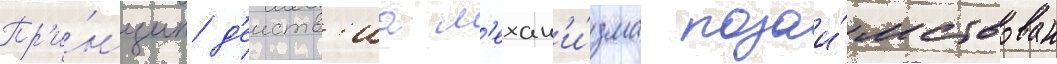
Пр'и́нцип д'еиств'иа м'ехан'и́зма позаи́мствован